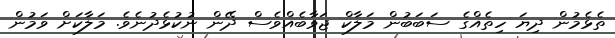
ތެޅެމުން ދިޔަ ހިތެއްގެ ސަބަބުން މަލާކް ޖަވާބެއްވެސް ދޭން ނުކުޅެދުނެވެ. މަލާކަށް ވަމުން